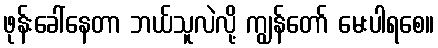
ဖုန်းခေါ်နေတာ ဘယ်သူလဲလို့ ကျွန်တော် မေးပါရစေ။